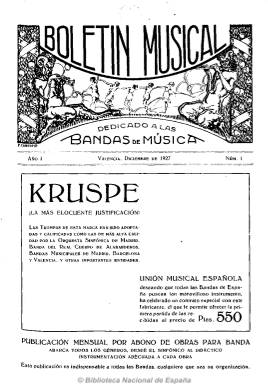
Título: Boletín musical dedicado a las bandas de música
Otros títulos: Boletín musical
Colección: Música
Ámbito geográfico: Valencia
Lugar de publicación: Valencia
Fechas: 01/12/1927-31/01/1930

Publicación mensual publicada en Valencia a partir de 1927, y que fue indispensable para las bandas de música. Era un boletín de novedades musicales y de historia de las bandas. En el orden informativo, incluía una sección de ofertas de empleo y oposiciones a bandas civiles y militares, así como de certámenes y festivales musicales. Daba cuenta de las nuevas producciones y ediciones musicales españolas que iban apareciendo en ese momento. La publicación estaba especialmente orientada a los directores de bandas rurales que estaban obligados a un cierto aislamiento en el mundo musical. En suma esta revista aspiraba a poner en contacto a todas las bandas de música y dignificar su oficio.